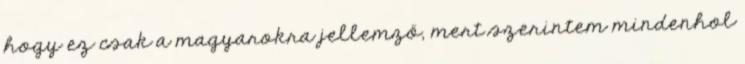
hogy ez csak a magyarokra jellemző, mert szerintem mindenhol